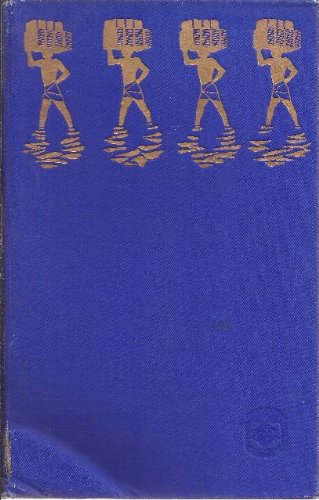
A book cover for Deserts Idle; Michael Henry Mason; Travel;